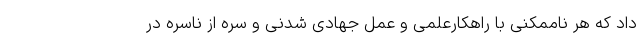
داد که هر ناممکنی با راهکارعلمی و عمل جهادی شدنی و سره از ناسره در